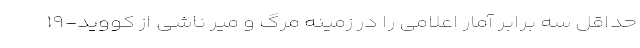
حداقل سه برابر آمار اعلامی را در زمینه مرگ و میر ناشی از کووید-۱۹